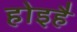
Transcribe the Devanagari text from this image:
होइहै